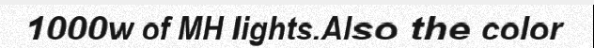
1000w of MH lights.Also the color